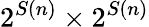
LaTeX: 2^{S(n)}\times 2^{S(n)}